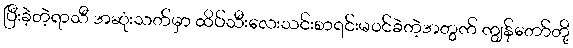
ပြီးခဲ့တဲ့ရာသီ အဆုံးသတ်မှာ ထိပ်သီးလေးသင်းစာရင်းမ၀င်ခဲတဲ့အတွက် ကျွန်တော်တို့